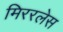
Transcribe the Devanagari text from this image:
मिररलेस